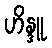
ဟိန္ဒူ